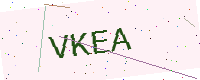
Text: VKEA